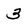
Character: 3